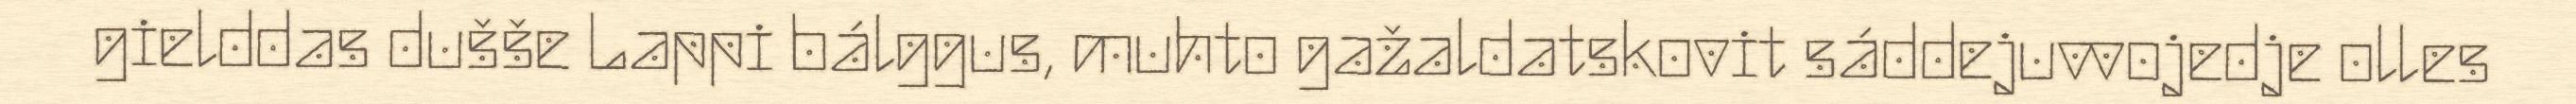
gielddas dušše Lappi bálggus, muhto gažaldatskovit sáddejuvvojedje olles